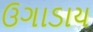
ઉગાડાય